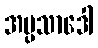
အပ္ပသာဒေါ